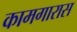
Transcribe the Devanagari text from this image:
कामगारास